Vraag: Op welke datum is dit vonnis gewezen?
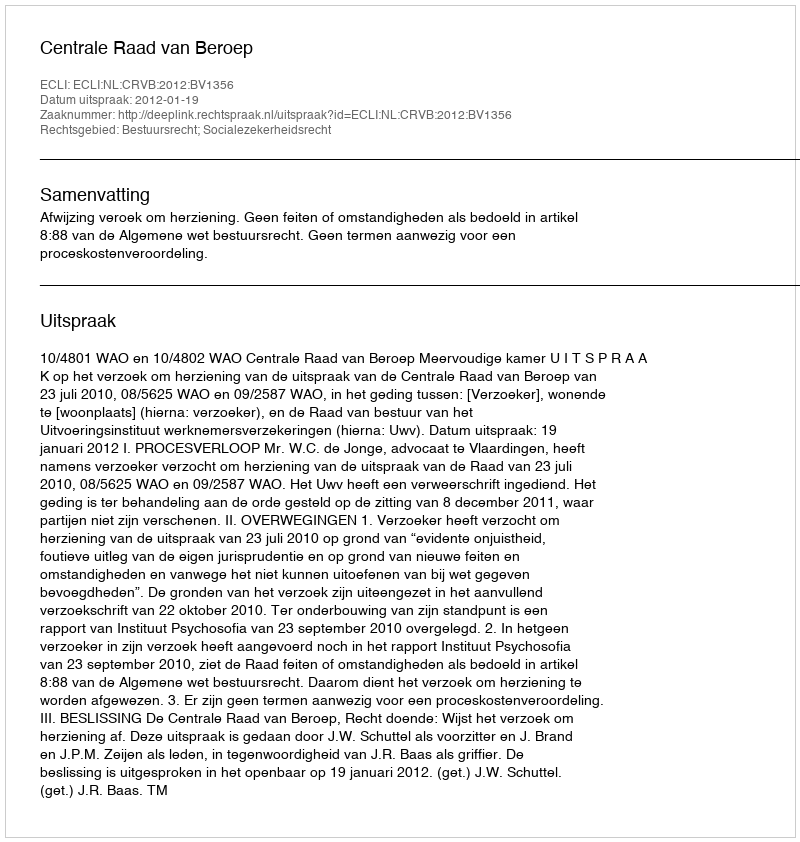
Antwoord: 2012-01-19